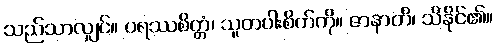
သည်သာလျှင်။ ပရဿစိတ္တံ၊ သူတပါးစိတ်ကို။ ဇာနာတိ၊ သိနိုင်၏။